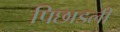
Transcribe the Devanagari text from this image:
पिछाडली